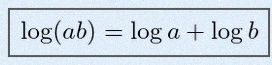
\log(ab)=\log a+\log b